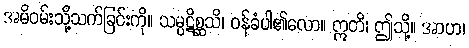
အမိဝမ်းသို့သက်ခြင်းကို။ သမ္ပဋိစ္ဆသိ၊ ဝန်ခံပါ၏လော။ ဣတိ၊ ဤသို့။ အာဟ၊